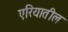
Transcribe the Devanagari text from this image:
एरियातील